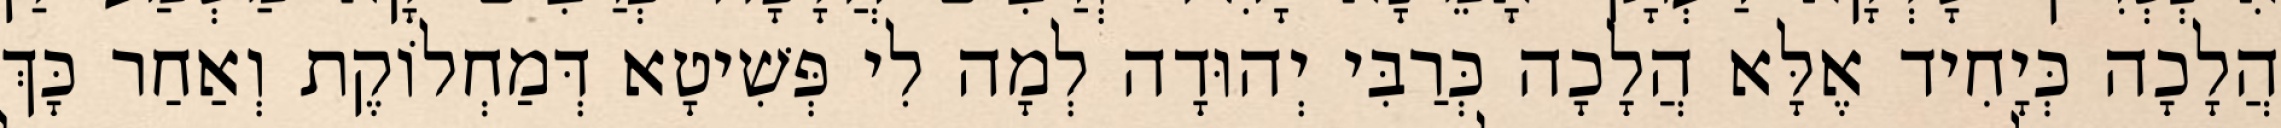
הֲלָכָה כְּיָחִיד אֶלָּא הֲלָכָה כְּרַבִּי יְהוּדָה לְמָה לִי פְּשִׁיטָא דְּמַחְלוֹקֶת וְאַחַר כָּךְ